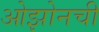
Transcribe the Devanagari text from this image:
ओझोनची